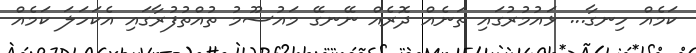
ކަމެއް ހިނގާ... ޅައުމުރުގައި ތަނެއް ދޮރެއް ނޭނގޭ މައުސޫމު ތުއްތުފުރާގައި އެކަހަލަ ކަމެއް